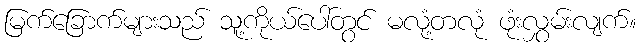
မြက်ခြောက်များသည် သူ့ကိုယ်ပေါ်တွင် မလုံ့တလုံ ဖုံးလွှမ်းလျက်။